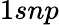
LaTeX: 1snp